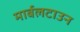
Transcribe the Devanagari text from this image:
मार्बलटाउन